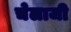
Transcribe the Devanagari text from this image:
चेलाजी